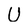
Character: U